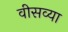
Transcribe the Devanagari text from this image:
वीसव्या